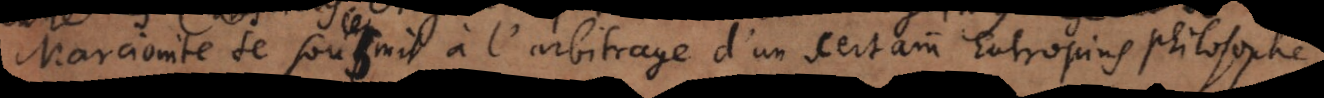
Marcionite se soumit à l’arbitrage d’un certain Eutropius philosophe;